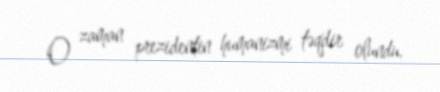
O zaman prezidentin humanizmi təqdir olundu.